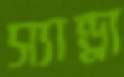
স্যান্ড্রা